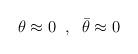
LaTeX: \begin{align*}\theta \approx 0\;\;,\;\;\bar \theta \approx 0\end{align*}